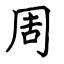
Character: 周